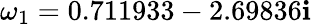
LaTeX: \omega_{1}=0.711933-2.69836\mathbf{i}